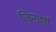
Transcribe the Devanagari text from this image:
जिनार्था